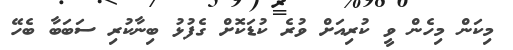
މިކަން މިހެން ވީ ކުރިއަށް ވުރެ ކުޑަކޮށް ގެފުޅު ބިނާކުރި ސަބަބާ ބެހޭ